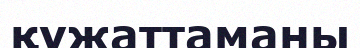
құжаттаманы